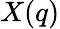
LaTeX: X(q)